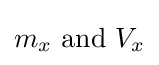
m_{x}{\text{ and }}V_{x}